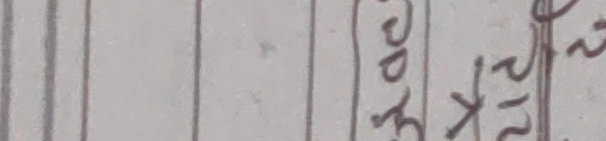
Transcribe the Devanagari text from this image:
भएर